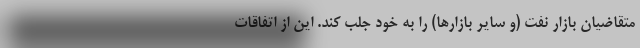
متقاضیان بازار نفت (و سایر بازارها) را به خود جلب کند. این از اتفاقات